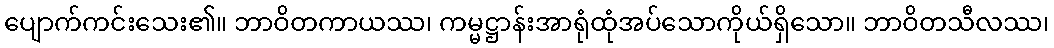
ပျောက်ကင်းသေး၏။ ဘာဝိတကာယဿ၊ ကမ္မဋ္ဌာန်းအာရုံထုံအပ်သောကိုယ်ရှိသော။ ဘာဝိတသီလဿ၊